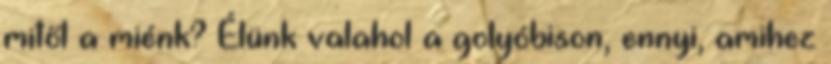
mitől a miénk? Élünk valahol a golyóbison, ennyi, amihez